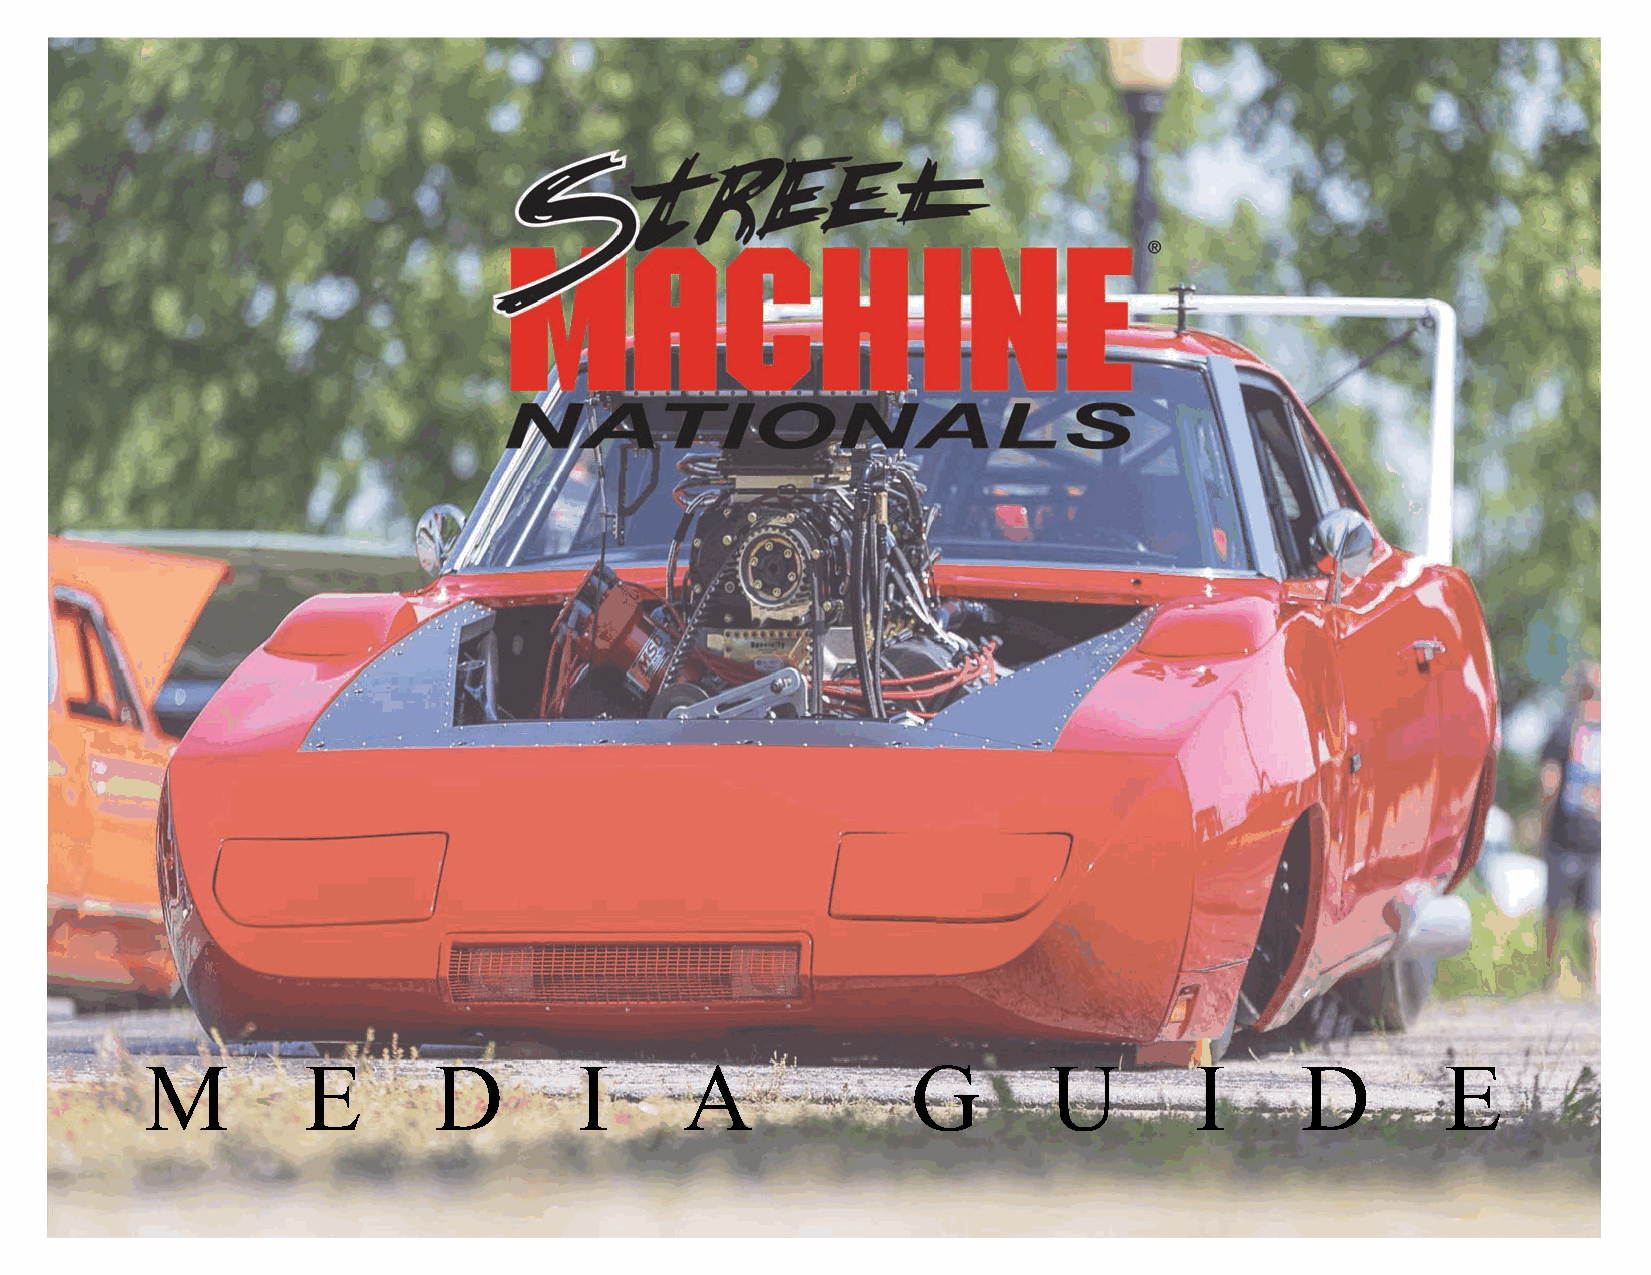
M         E        D        I      A              G        U         I      D         E